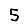
Digit: 5